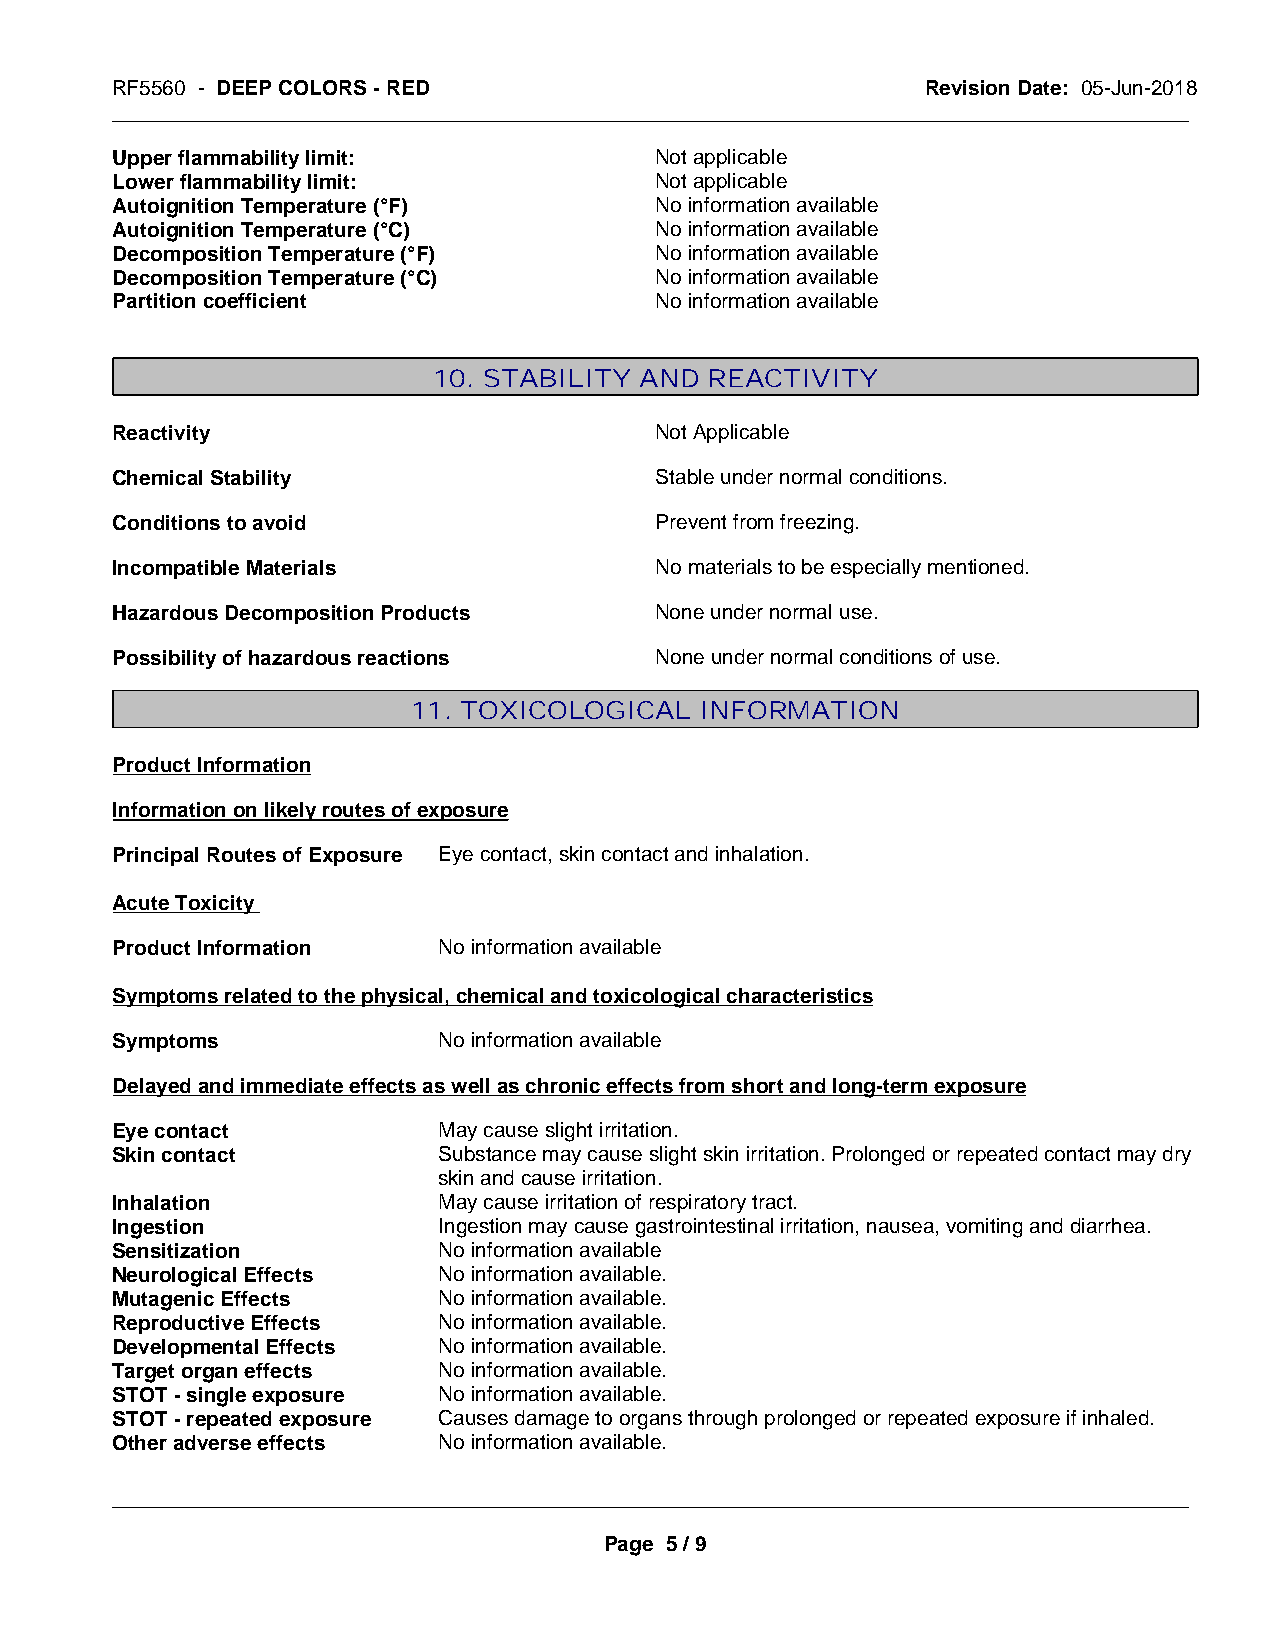
RF5560 - DEEP COLORS - RED                            Revision Date: 05-Jun-2018
 _____________________________________________________________________________________________
 Upper flammability limit:           Not applicable
 Lower flammability limit:           Not applicable
 Autoignition Temperature (°F)       No information available
 Autoignition Temperature (°C)       No information available
 Decomposition Temperature (°F)      No information available
 Decomposition Temperature (°C)      No information available
 Partition coefficient               No information available
 10. STABILITY AND REACTIVITY
 Reactivity                          Not Applicable
 Chemical Stability                  Stable under normal conditions.
 Conditions to avoid                 Prevent from freezing.
 Incompatible Materials              No materials to be especially mentioned.
 Hazardous Decomposition Products    None under normal use.
 Possibility of hazardous reactions  None under normal conditions of use.
 11. TOXICOLOGICAL  INFORMATION
 Product Information
 Information on likely routes of exposure
 Principal Routes of Exposure Eye contact, skin contact and inhalation.
 Acute Toxicity
 Product Information   No information available
 Symptoms related to the physical, chemical and toxicological characteristics
 Symptoms              No information available
 Delayed and immediate effects as well as chronic effects from short and long-term exposure
 Eye contact           May cause slight irritation.
 Skin contact          Substance may cause slight skin irritation. Prolonged or repeated contact may dry
 skin and cause irritation.
 Inhalation            May cause irritation of respiratory tract.
 Ingestion             Ingestion may cause gastrointestinal irritation, nausea, vomiting and diarrhea.
 Sensitization         No information available
 Neurological Effects  No information available.
 Mutagenic Effects     No information available.
 Reproductive Effects  No information available.
 Developmental Effects No information available.
 Target organ effects  No information available.
 STOT - single exposure No information available.
 STOT - repeated exposure Causes damage to organs through prolonged or repeated exposure if inhaled.
 Other adverse effects No information available.
 _____________________________________________________________________________________________
 Page 5 / 9